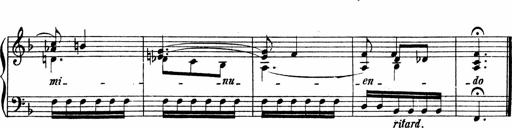
Title: Piano Sonata
Composer: Karl HÃ¤ssler
Key: C major